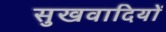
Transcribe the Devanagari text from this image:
सुखवादियों